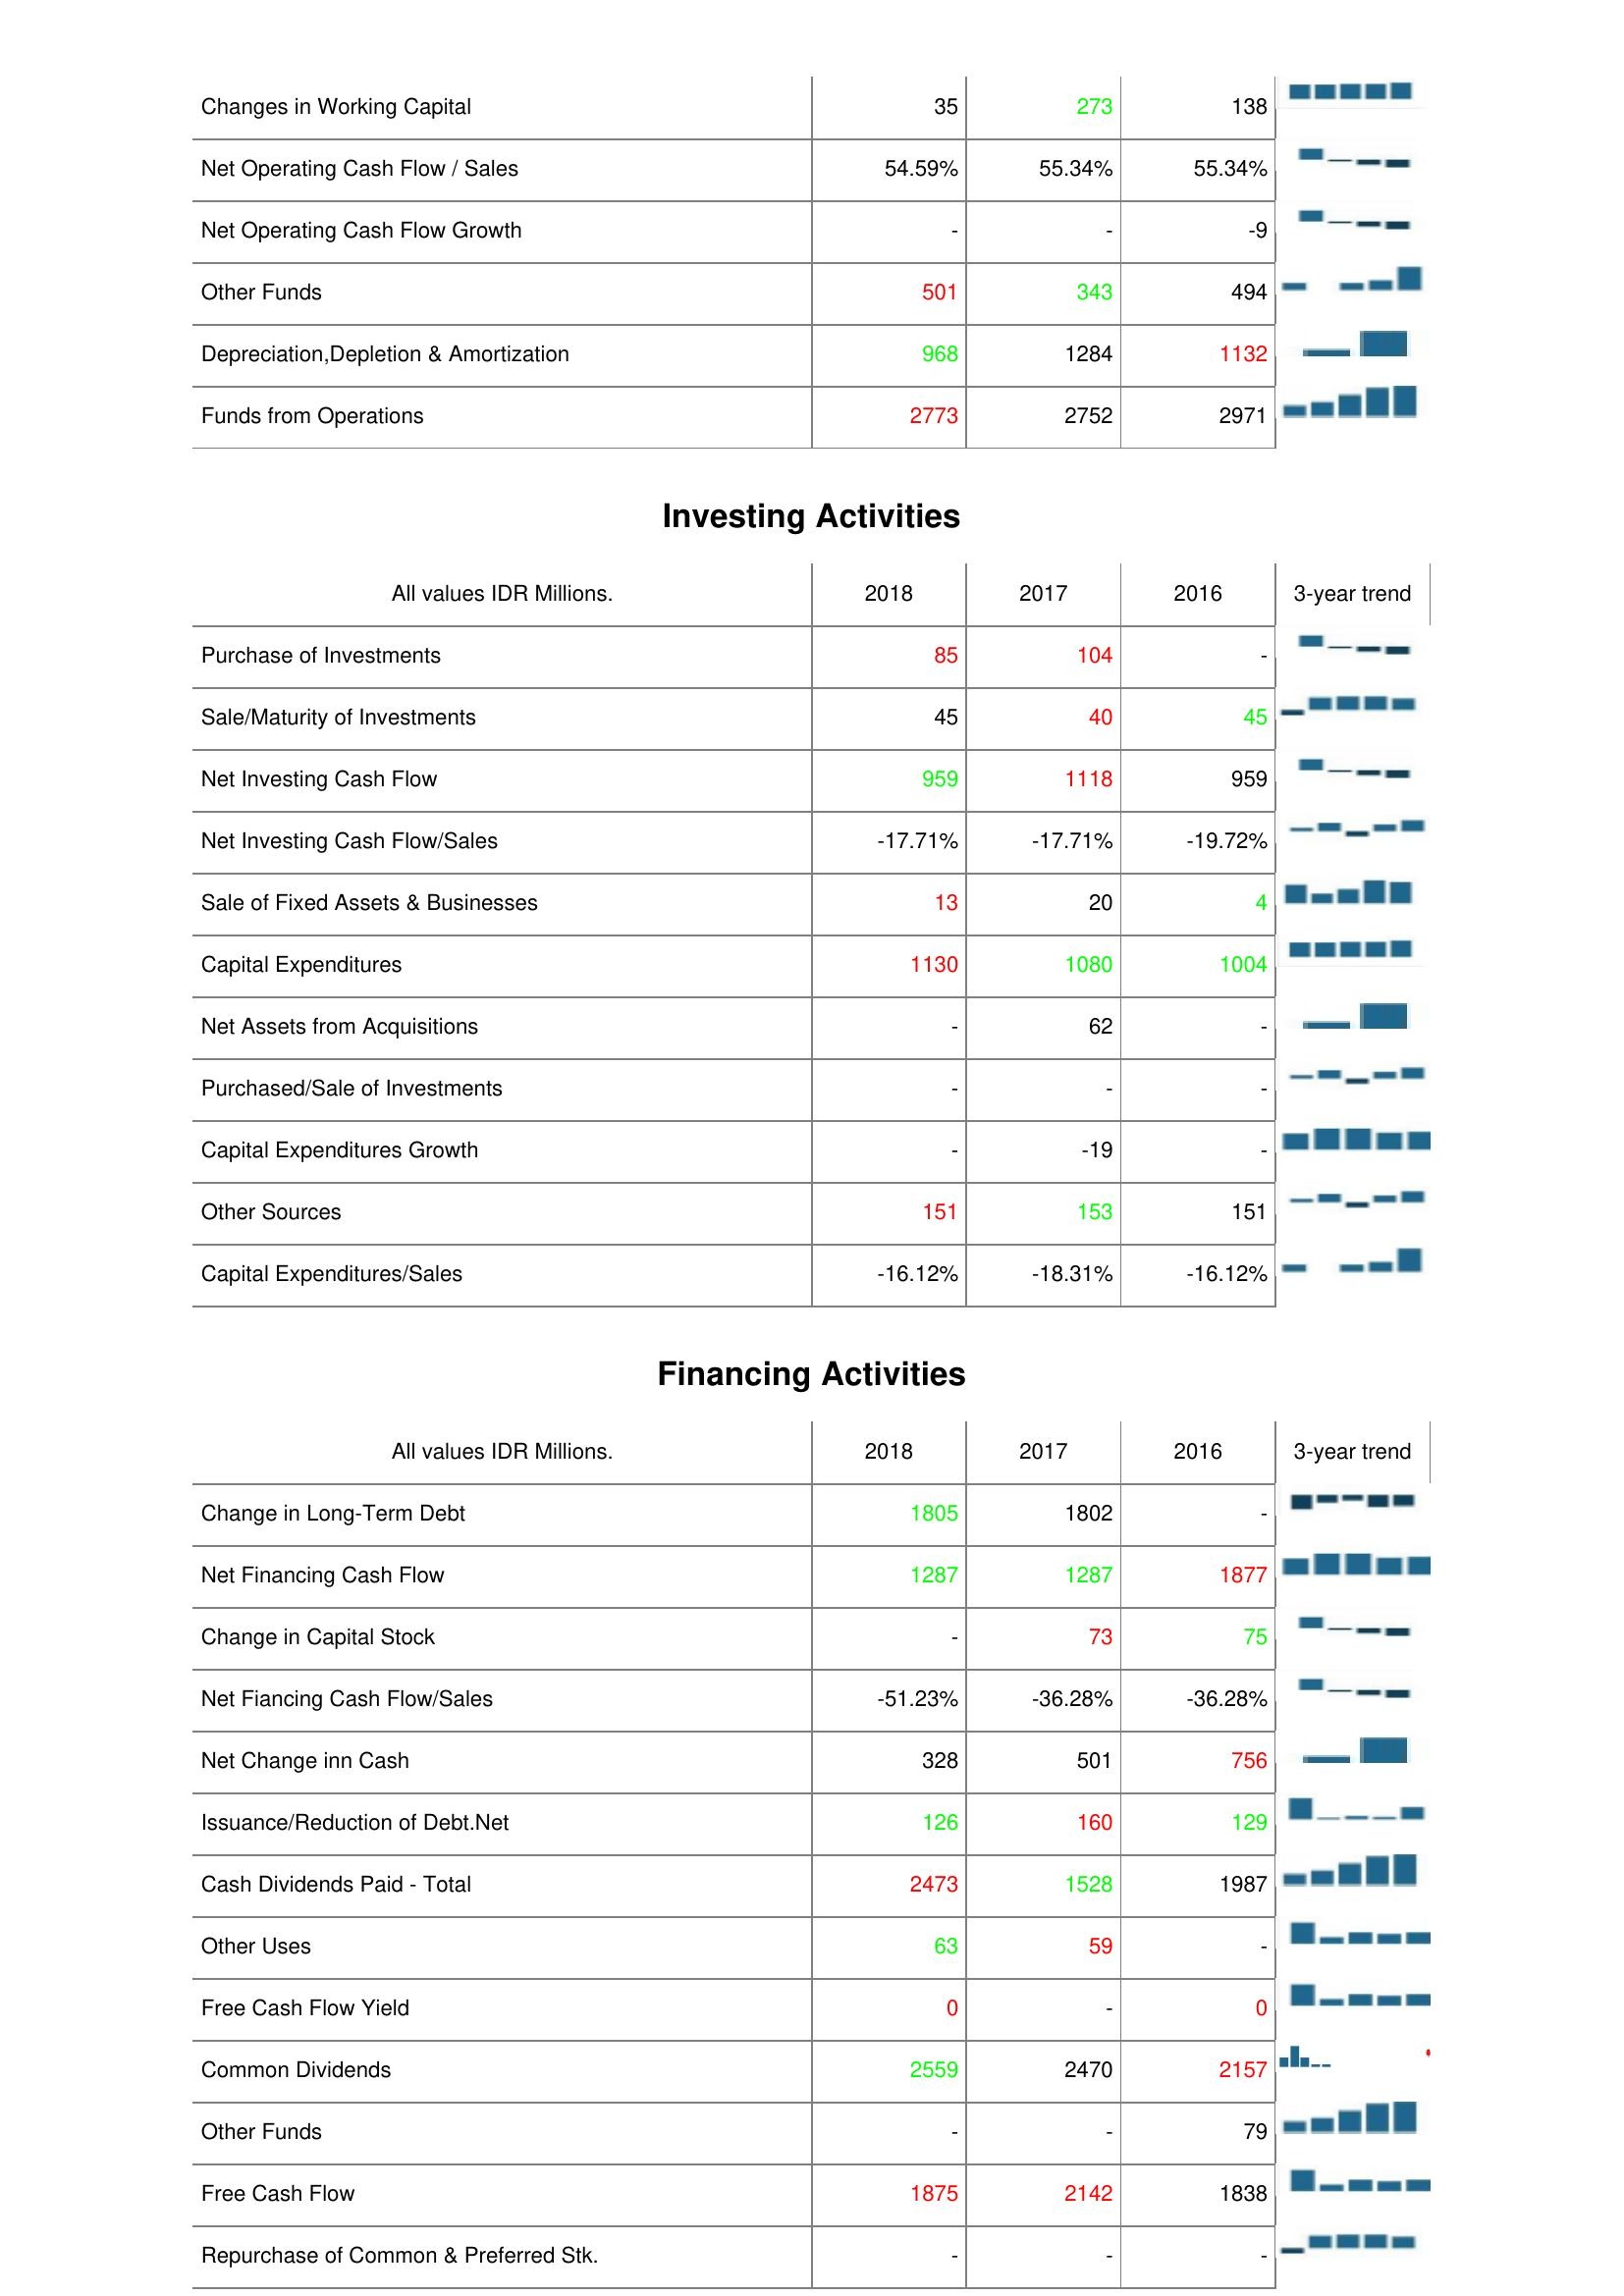
2018: Operating Activities: Changes in Working Capital: 35
Net Operating Cash Flow / Sales: 54.59%
Net Operating Cash Flow Growth: -
Other Funds: 501
Depreciation,Depletion & Amortization: 968
Funds from Operations: 2773
Investing Activities: Purchase of Investments: 85
Sale/Maturity of Investments: 45
Net Investing Cash Flow: 959
Net Investing Cash Flow/Sales: -17.71%
Sale of Fixed Assets & Businesses: 13
Capital Expenditures: 1130
Net Assets from Acquisitions: -
Purchased/Sale of Investments: -
Capital Expenditures Growth: -
Other Sources: 151
Capital Expenditures/Sales: -16.12%
Financing Activities: Change in Long-Term Debt: 1805
Net Financing Cash Flow: 1287
Change in Capital Stock: -
Net Fiancing Cash Flow/Sales: -51.23%
Net Change inn Cash: 328
Issuance/Reduction of Debt.Net: 126
Cash Dividends Paid - Total: 2473
Other Uses: 63
Free Cash Flow Yield: 0
Common Dividends: 2559
Other Funds: -
Free Cash Flow: 1875
Repurchase of Common & Preferred Stk.: -
2017: Operating Activities: Changes in Working Capital: 273
Net Operating Cash Flow / Sales: 55.34%
Net Operating Cash Flow Growth: -
Other Funds: 343
Depreciation,Depletion & Amortization: 1284
Funds from Operations: 2752
Investing Activities: Purchase of Investments: 104
Sale/Maturity of Investments: 40
Net Investing Cash Flow: 1118
Net Investing Cash Flow/Sales: -17.71%
Sale of Fixed Assets & Businesses: 20
Capital Expenditures: 1080
Net Assets from Acquisitions: 62
Purchased/Sale of Investments: -
Capital Expenditures Growth: -19
Other Sources: 153
Capital Expenditures/Sales: -18.31%
Financing Activities: Change in Long-Term Debt: 1802
Net Financing Cash Flow: 1287
Change in Capital Stock: 73
Net Fiancing Cash Flow/Sales: -36.28%
Net Change inn Cash: 501
Issuance/Reduction of Debt.Net: 160
Cash Dividends Paid - Total: 1528
Other Uses: 59
Free Cash Flow Yield: -
Common Dividends: 2470
Other Funds: -
Free Cash Flow: 2142
Repurchase of Common & Preferred Stk.: -
2016: Operating Activities: Changes in Working Capital: 138
Net Operating Cash Flow / Sales: 55.34%
Net Operating Cash Flow Growth: -9
Other Funds: 494
Depreciation,Depletion & Amortization: 1132
Funds from Operations: 2971
Investing Activities: Purchase of Investments: -
Sale/Maturity of Investments: 45
Net Investing Cash Flow: 959
Net Investing Cash Flow/Sales: -19.72%
Sale of Fixed Assets & Businesses: 4
Capital Expenditures: 1004
Net Assets from Acquisitions: -
Purchased/Sale of Investments: -
Capital Expenditures Growth: -
Other Sources: 151
Capital Expenditures/Sales: -16.12%
Financing Activities: Change in Long-Term Debt: -
Net Financing Cash Flow: 1877
Change in Capital Stock: 75
Net Fiancing Cash Flow/Sales: -36.28%
Net Change inn Cash: 756
Issuance/Reduction of Debt.Net: 129
Cash Dividends Paid - Total: 1987
Other Uses: -
Free Cash Flow Yield: 0
Common Dividends: 2157
Other Funds: 79
Free Cash Flow: 1838
Repurchase of Common & Preferred Stk.: -